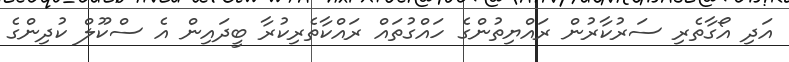
އަދި އޯގާތެރި ސަރުކާރުން ރައްޔިތުންގެ ހައްގުތައް ރައްކާތެރިކުރާ ބީދައިން އެ ސްކޫލް ކުދިންގެ